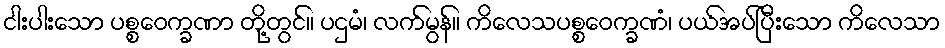
ငါးပါးသော ပစ္စဝေက္ခဏာ တို့တွင်။ ပဌမံ၊ လက်မွန်။ ကိလေသပစ္စဝေက္ခဏံ၊ ပယ်အပ်ပြီးသော ကိလေသာ